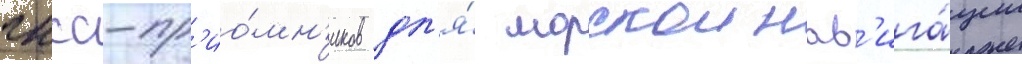
гнсс-пр'ио́мн'иков дл'я́ морскои нав'ига́ции